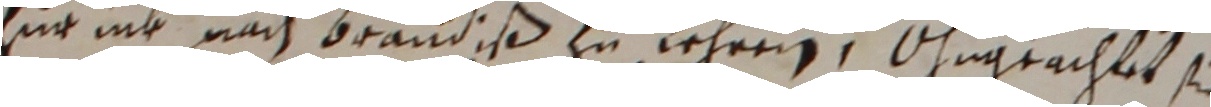
zur nit nach brandiß zu Lehren, ongrachtet sie